Medical and sanitary report of the native army of Bengal for the year
Year: 1878
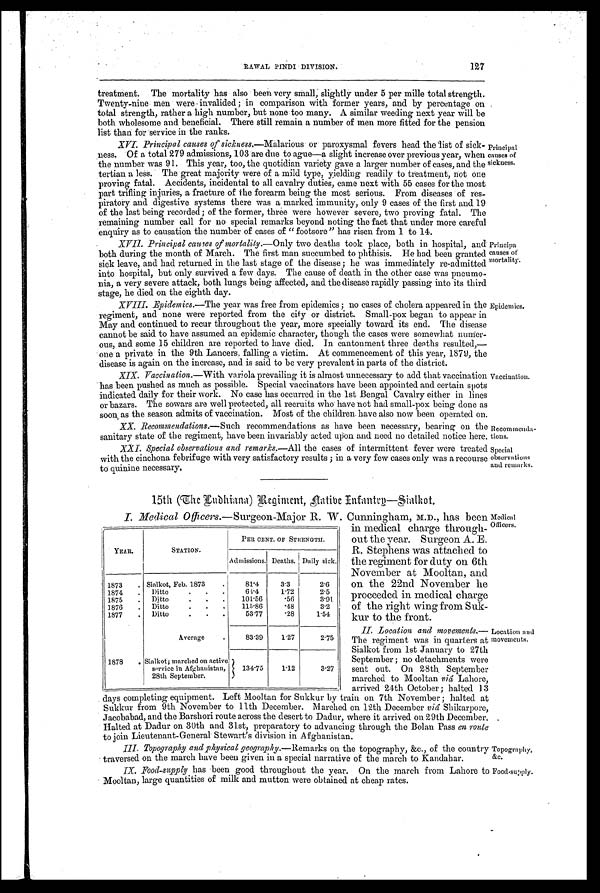
Medical
Officers.
Location and
movements.
Topography,
&c.
Food-supply.
127
treatment. The mortality has also been very small, slightly under 5 per mille total strength.
Twenty-nine men were invalided ; in comparison with former years, and by percentage on
total strength, rather a high number, but none too many. A similar weeding next year will be
both wholesome and beneficial. There still remain a number of men more fitted for the pension
list than for service in the ranks.
XVI. Principal causes of sickness.—Malarious or paroxysmal fevers head the list of sick
- n e s s . O f a t o t a l 2 7 9 a d m i s s i o n s , 1 0 3 a r e d u e t o a g u e — a s l i g h t i n c r e a s e o v e r p r e v i o u s y e a r , w h e n
the number was 91. This year, too, the quotidian variety gave a larger number of cases, and the
tertian a less. The great majority were of a mild type, yielding readily to treatment, not one
proving fatal. Accidents, incidental to all cavalry duties, came next with 55 cases for the most
part trifling injuries, a fracture of the forearm being the most serious. From diseases of res
-piratory and digestive systems there was a marked immunity, only 9 cases of the first and 19
of the last being recorded; of the former, three were however severe, two proving fatal. The
remaining number call for no special remarks beyond noting the fact that under more careful
enquiry as to causation the number of cases of "footsore" has risen from 1 to 14.
XVII. Principal causes of mortality. —Only two deaths took place, both in hospital, and
both during the month of March. The first man succumbed to phthisis. He had been granted
sick leave, and had returned in the last stage of the disease ; he was immediately re-admitted
into hospital, but only survived a few days. The cause of death in the other case was pneumo
- n i a , a v e r y s e v e r e a t t a c k , b o t h l u n g s b e i n g a f f e c t e d , a n d t h e d i s e a s e r a p i d l y p a s s i n g i n t o i t s t h i r d
stage, he died on the eighth day.
XVIII.
Epidemics.—The year was free from epidemics ; no cases of cholera appeared in the
regiment, and none were reported from the city or district. Small-pox began to appear in
May and continued to recur throughout the year, more specially toward its end. The disease
cannot be said to have assumed an epidemic character, though the cases were somewhat numer
-ous, and some 15 children are reported to have died. In cantonment three deaths resulted,—
one a private in the 9th Lancers. falling a victim. At commencement of this year, 1879, the
disease is again on the increase, and is said to be very prevalent in parts of the district.
XIX. Vaccination.—With variola prevailing it is almost unnecessary to add that vaccination
has been pushed as much as possible. Special vaccinators have been appointed and certain spots
indicated daily for their work. No case has occurred in the 1st Bengal Cavalry either in lines
or bazars. The sowars are well protected, all recruits who have not had small-pox being done as
soon as the season admits of vaccination. Most of the children have also now been operated on.
XX. Recommendations.—Such recommendations as have been necessary, bearing on the
sanitary state of the regiment, have been invariably acted upon and need no detailed notice here.
XXI. Special observations and remarks.— All the cases of intermittent fever were treated
with the cinchona febrifuge with very satisfactory results ; in a very few cases only was a recourse
to quinine necessary.
Principal
causes of
sickness.
Principa
causes of
mortality.
Epidemics.
Vaccination.
Recommenda
-tions.
Special
observations
and remarks.
15th (The Ludhiana) Regiment, Native Infantry—Sialkot.
I. Medical Officers. —Surgeon-Major B. W. Cunningham, M.D., has been
in medical charge through
-out the year. Surgeon A. E.
R. Stephens was attached to
the regiment for duty on 6th
November at Mooltan, and
on the 22nd November he
proceeded in medical charge
of the right wing from Suk
-kur to the front.
II. Location and movements.
— T h e r e g i m e n t w a s i n q u a r t e r s a t
Sialkot from 1st January to 27th
September ; no detachments were
sent out. On 28th. September
marched to Mooltan viâ Lahore,
arrived 24th October ; halted 13
days completing equipment. Left Mooltan for Sukkur by train on 7th November; halted at
Sukkur from 9th November to 11th December. Marched on 12th December viâ Shikarpore,
Jacobabad, and the Barshori route across the desert to Dadur, where it arrived on 29th December.
Halted at Dadur on 30th and 31st, preparatory to advancing through the Bolan Pass en route
to join Lieutenant-General. Stewart's division in Afghanistan.
III. Topography and physical geography. —Remarks on the topography, &c., of the country
traversed on the march have been given in a special narrative of the march to Kandahar.
IX. Food-supply has been good throughout the year. On the march from Lahore to
Mooltan, large quantities of milk and mutton were obtained at cheap rates.
YEAR.
STATION.
PER CENT. OF STRENGTH.
Admissions. Deaths. Daily sick.
1873 . Sialkot, Feb. 1873
.
81.4
3.3
2.6
1874 . Ditto. . .
64.4
1.72
2.5
1875 . Ditto
. . .
101.56
.56
3.91
1876 . Ditto
. .
. 115.86
.48
3.2
1877 . Ditto.
. .
53.77
.28
1.54
Average
.
83.39
1.27
2.75
1878 . Sialkot ; marched on active
service in Afghanistan,
28th September.
134.75
1.12
3.27